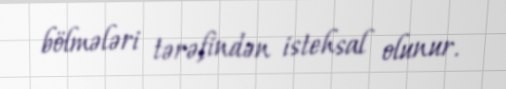
bölmələri tərəfindən istehsal olunur.